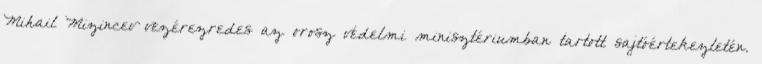
Mihail Mizincev vezérezredes az orosz védelmi minisztériumban tartott sajtóértekezletén.